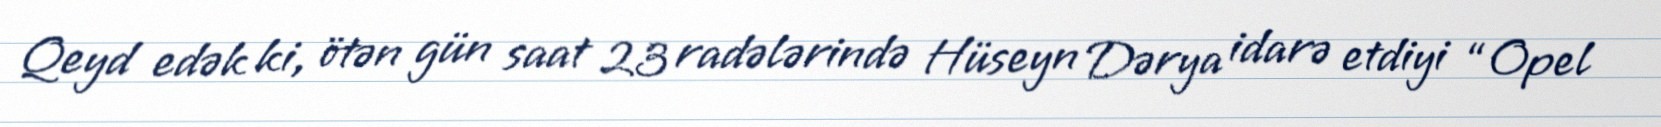
Qeyd edək ki, ötən gün saat 23 radələrində Hüseyn Dərya idarə etdiyi “Opel